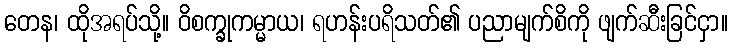
တေန၊ ထိုအရပ်သို့။ ဝိစက္ခုကမ္မာယ၊ ရဟန်းပရိသတ်၏ ပညာမျက်စိကို ဖျက်ဆီးခြင်ငှာ။